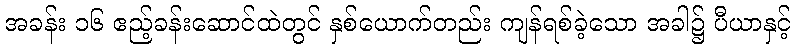
အခန်း ၁၆ ဧည့်ခန်းဆောင်ထဲတွင် နှစ်ယောက်တည်း ကျန်ရစ်ခဲ့သော အခါ၌ ပီယာနှင့်